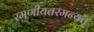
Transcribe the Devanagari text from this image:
रमणीयतरमन्यत्